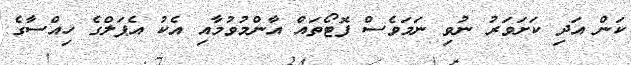
ކަން އަދި ކަށަވަރު ނުވި ނަމަވެސް ފޮޓޯތައް އާންމުވުމާއި އެކު އެޕަލްގެ ހިއްސާގެ